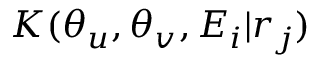
K ( \boldsymbol { \theta } _ { u } , \boldsymbol { \theta } _ { v } , E _ { i } | \boldsymbol { r } _ { j } )